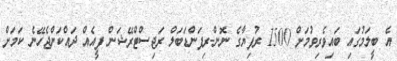
އެ ބީލަމުގައި ބައިވެރިވުމަށް 1500 ރުފިޔާގެ ނޮން-ރިފަންޑަބަލް ރަޖިސްޓްރޭޝަން ފީއެއް ދައްކަންޖެހޭނެ ކަމަށް